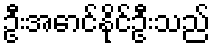
ဦးအောင်နိုင်ဦးသည်